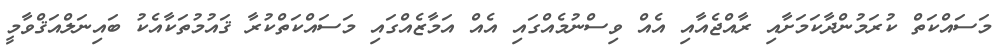
މަސައްކަތް ކުރަމުންދާކަމަށާއި ރާއްޖެއާއި އެއް ވިސްނުމެއްގައި އެއް އަމާޒެއްގައި މަސައްކަތްކުރާ ޤައުމުތަކާއެކު ބައިނަލްއަޤްވާމީ